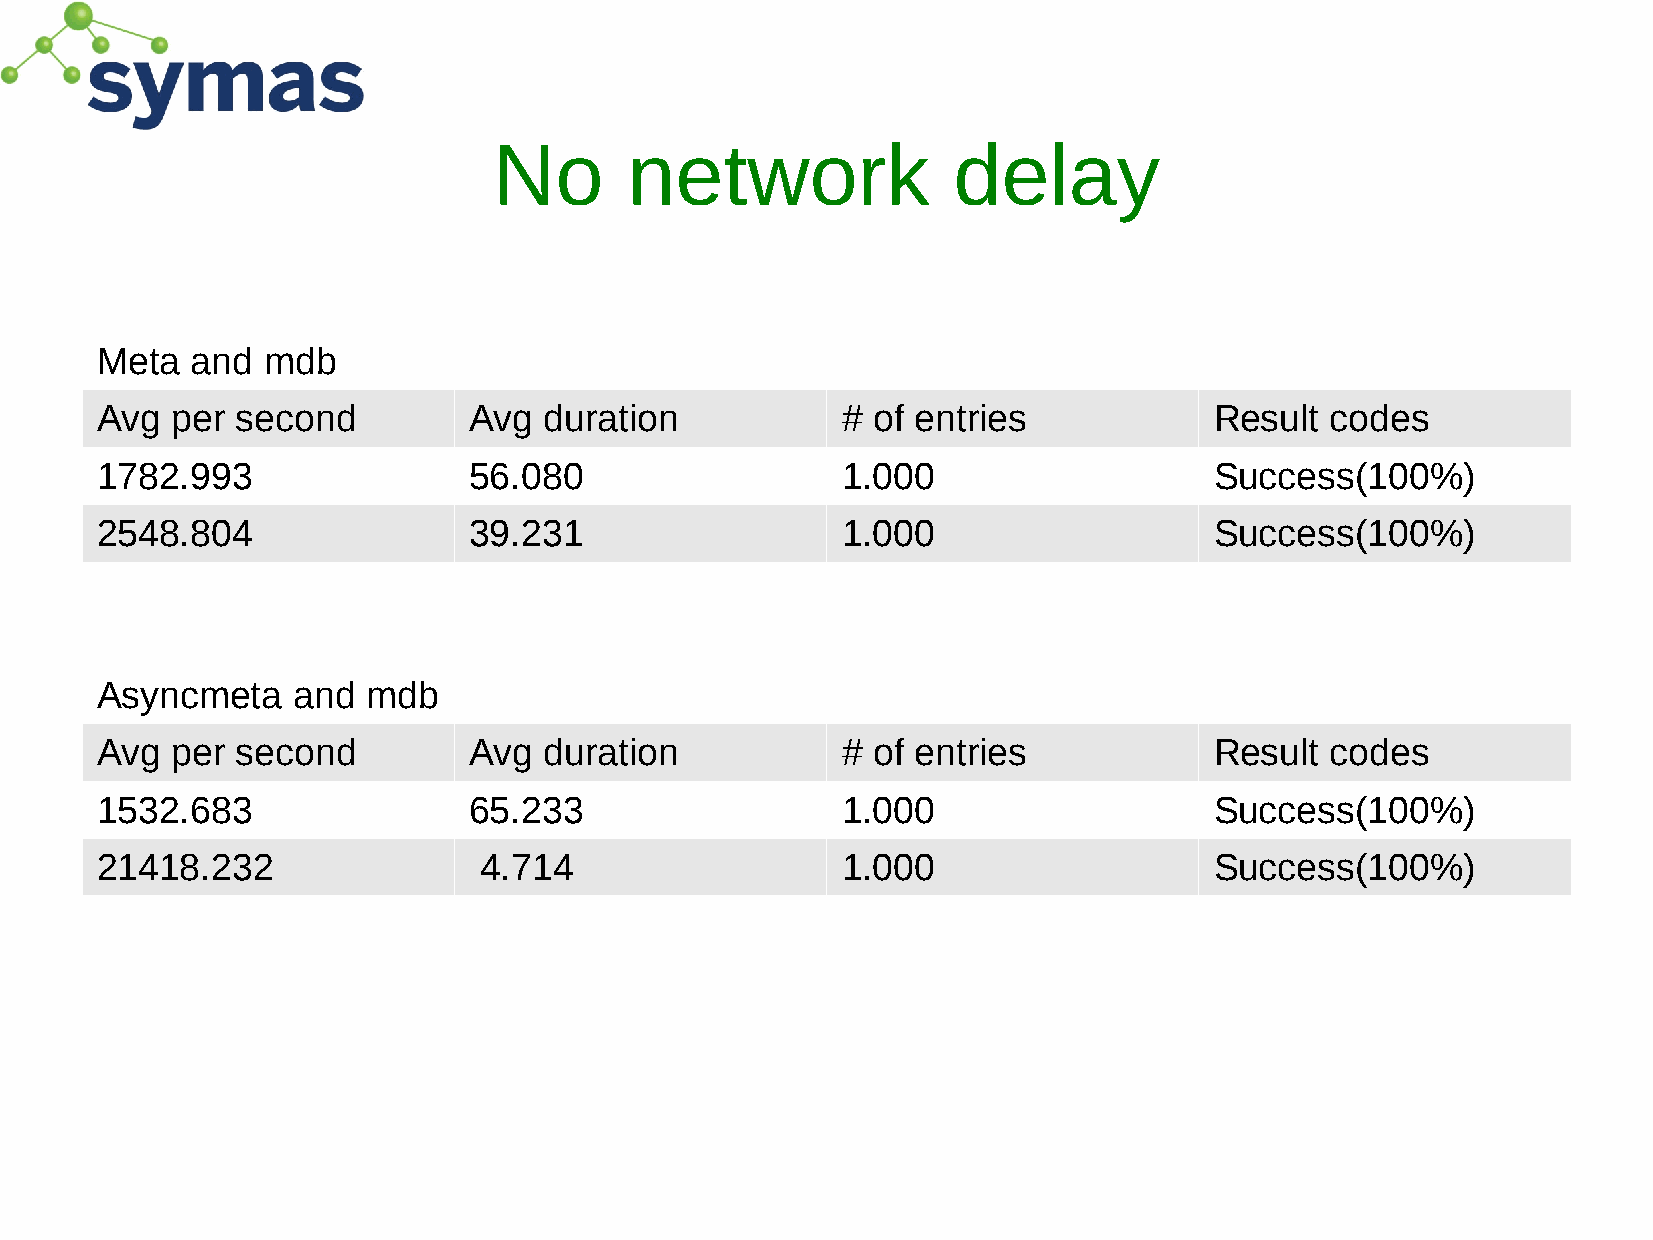
No       network              delay
 Meta   and mdb
 Avg  per  second         Avg  duration            # of entries            Result  codes
 1782.993                 56.080                   1.000                   Success(100%)
 2548.804                 39.231                   1.000                   Success(100%)
 Asyncmeta    and  mdb
 Avg  per  second         Avg  duration            # of entries            Result  codes
 1532.683                 65.233                   1.000                   Success(100%)
 21418.232                 4.714                   1.000                   Success(100%)